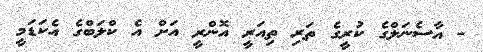
- އާސެނަލްގެ ކުރީގެ ތަރި ތިއަރީ އޮންރީ އަށް އެ ކްލަބްގެ އެކަޑަމީ